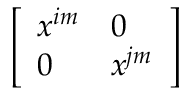
\left[ \begin{array} { l l } { x ^ { i m } } & { 0 } \\ { 0 } & { x ^ { j m } } \end{array} \right]